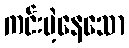
ကင်းမဲ့နေသော